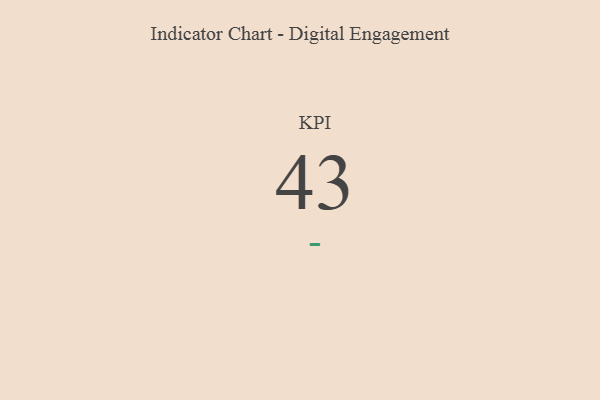
{"axis": {"x": "KPI", "y": "Value"}, "legend": [""], "data": [{"x": "KPI", "y": 43, "type": ""}]}